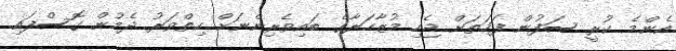
އެންމެ ކުރީ ސަފުން ފަހަތަށް ޖެހި މުޒާހަރާގެ ބައިވެރިންނަށް ހިތްވަރު ދެމުން ގޮސްފައި.